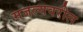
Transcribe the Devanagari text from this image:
मजल्यवरील